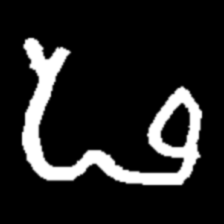
Pyu character \u2014 Myanmar letter: ဖ (romanized: pha)